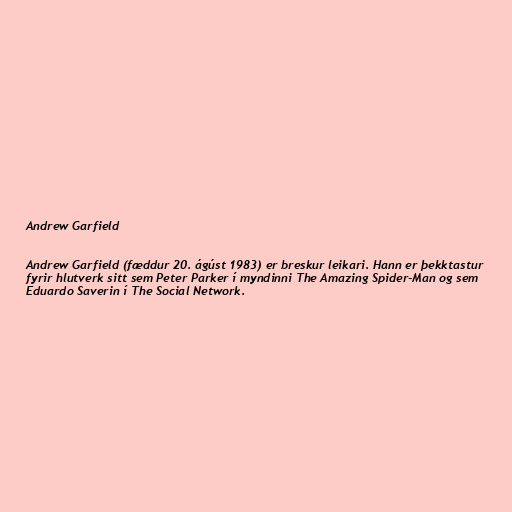
Andrew Garfield

Andrew Garfield (fæddur 20. ágúst 1983) er breskur leikari. Hann er þekktastur
fyrir hlutverk sitt sem Peter Parker í myndinni The Amazing Spider-Man og sem
Eduardo Saverin í The Social Network.